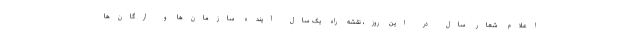
اعلام شعارِ سال در این روز، نقشه راه یک سال آینده سازمان‌ها و ارگان‌ها